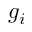
g _ { i }